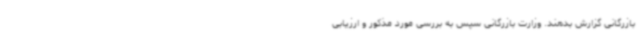
بازرگانی گزارش بدهند. وزارت بازرگانی سپس به بررسی مورد مذکور و ارزیابی